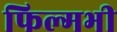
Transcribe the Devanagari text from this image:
फिल्मभी